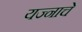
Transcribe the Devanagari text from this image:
यज्नाचे